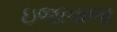
ઇજાવાળા